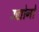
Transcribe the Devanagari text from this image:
उद्योनों